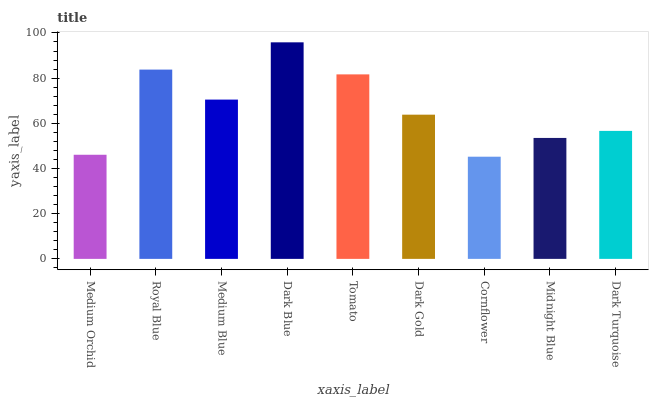
| xaxis_label | bars |
 | --- | --- |
 | Medium Orchid | 46.1 |
 | Royal Blue | 83.8 |
 | Medium Blue | 70.5 |
 | Dark Blue | 95.8 |
 | Tomato | 81.7 |
 | Dark Gold | 63.8 |
 | Cornflower | 45.2 |
 | Midnight Blue | 53.5 |
 | Dark Turquoise | 56.6 |